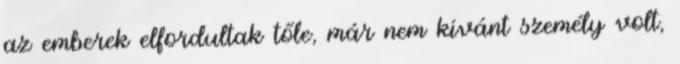
az emberek elfordultak tőle, már nem kívánt személy volt,